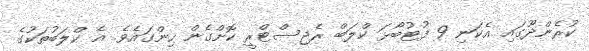
ކުރެންދޫގައި އެކަނި 9 ފުޓުބޯޅަ ކްލަބް ރެޖިސްޓްރީ ކޮށްގެން ހިންގައެވެ. އެ ކްލަބުތަކުގެ